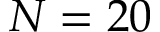
N = 2 0